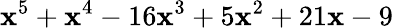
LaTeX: \mathbf{x}^{5}+\mathbf{x}^{4}-16\mathbf{x}^{3}+5\mathbf{x}^{2}+21\mathbf{x}-9